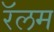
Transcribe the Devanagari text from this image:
रॅलम